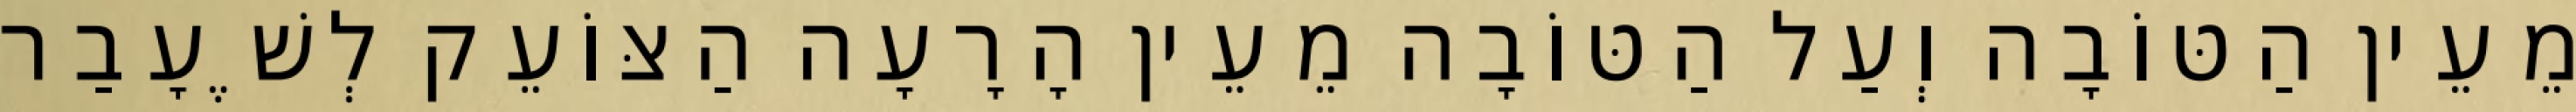
מֵעֵין הַטּוֹבָה וְעַל הַטּוֹבָה מֵעֵין הָרָעָה הַצּוֹעֵק לְשֶׁעָבַר